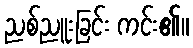
ညစ်ညူးခြင်း ကင်း၏။